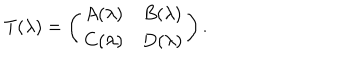
LaTeX: T ( \lambda ) = \left( \begin{array} { c c } { { A ( \lambda ) } } & { { B ( \lambda ) } } \\ { { C ( \lambda ) } } & { { D ( \lambda ) } } \\ \end{array} \right) .